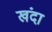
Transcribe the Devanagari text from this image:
खंदा